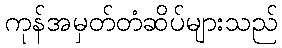
ကုန်အမှတ်တံဆိပ်များသည်